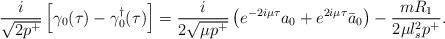
LaTeX: \begin{align*}\frac{i}{\sqrt{2 p^+}} \left[ \gamma_0 (\tau) - {\gamma_{0}^\dagger}(\tau) \right] = \frac{i}{2 \sqrt{\mu p^+}} \left( e^{-2 i \mu \tau} a_0 + e^{2 i \mu \tau} \bar{a}_0 \right) - \frac{m R_1}{2 \mu l_s^2 p^+}.\end{align*}